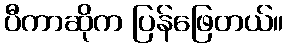
ပီကာဆိုက ပြန်ဖြေတယ်။